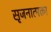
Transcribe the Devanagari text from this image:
सृजनात्मक्ता